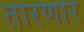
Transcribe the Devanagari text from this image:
तारणार